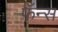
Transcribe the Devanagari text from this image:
फॅन्स